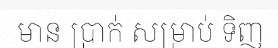
មាន ប្រាក់ សម្រាប់ ទិញ